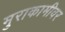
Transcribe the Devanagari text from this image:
मुराकामीवर